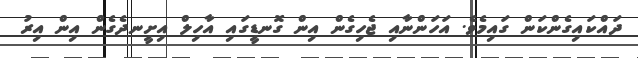
ދައްކައިގެންކަން ގައިމެވެ. އަހަންނާއި ޖެހިގެން އިން ގޮނޑީގައި އާހިލް އިށީނދެގެން އިން އިރު